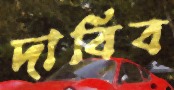
দাবিব